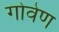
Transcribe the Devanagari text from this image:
गोवेण